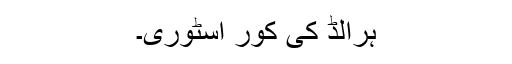
ہرالڈ کی کور اسٹوری۔